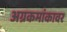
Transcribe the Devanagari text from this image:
अग्रकमांकावर